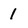
Character: 1